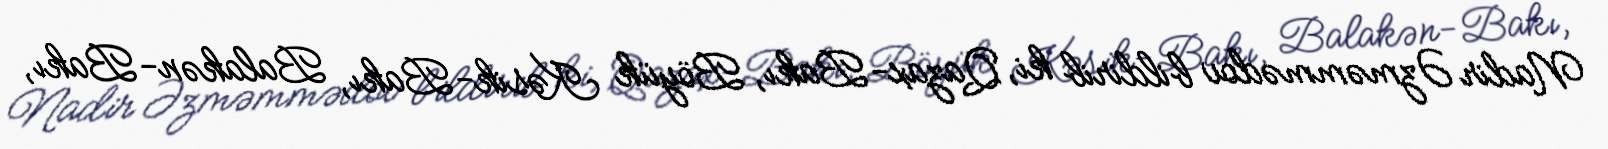
Nadir Əzməmmədov bildirib ki, Qazax-Bakı, Böyük Kəsik-Bakı, Balakən-Bakı,